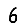
Digit: 6